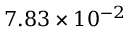
7 . 8 3 \times 1 0 ^ { - 2 }